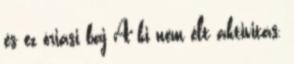
és ez óriási baj A ki nem élt aktivitás,